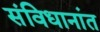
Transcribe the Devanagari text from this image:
संविधानांत